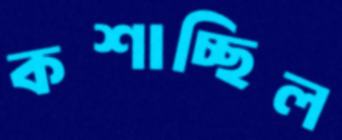
কশাচ্ছিল